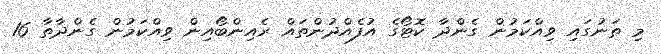
މި ތަނުގައި ވިއްކަމުން ގެންދާ ކޮޓޯގެ އުފެއްދުންތައް ރެއިންބޯއިން ވިއްކަމުން ގެންދާތާ 16